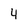
Character: 4